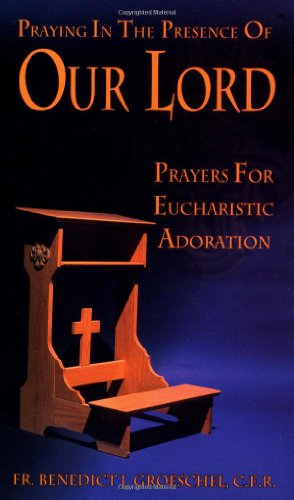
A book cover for Praying In The Presence Of Our Lord: Prayers For Eucharistic Adoration; Christian Books & Bibles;